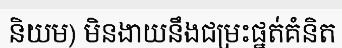
និយម) មិនងាយនឹងជម្រះផ្នត់គំនិត